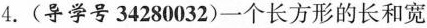
4.(导学号34280032)一个长方形的长和宽